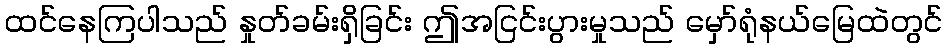
ထင်နေကြပါသည် နှုတ်ခမ်းရှိခြင်း ဤအငြင်းပွားမှုသည် မှော်ရုံနယ်မြေထဲတွင်